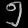
Digit: ၅